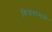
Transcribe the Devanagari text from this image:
विजयांमध्ये